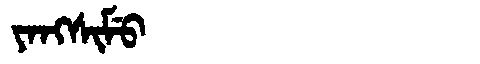
Manchu: ᠶᠠᠩᠰᡳᠮᡠ
Romanization: YANGSIMU